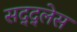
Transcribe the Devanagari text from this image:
सद्द्लेस